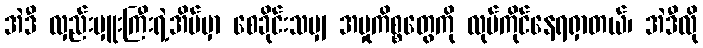
အဲဒီ လှည်းမှူးကြီးရဲ့အိမ်မှာ စေခိုင်းသမျှ အမှုကိစ္စတွေကို လုပ်ကိုင်နေရရှာတယ်၊ အဲဒီလို